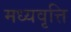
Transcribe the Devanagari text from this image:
मध्यवृत्ति